Punjab Mental Hospital Lahore 1922-31 - 1922-1931
Year: 1922
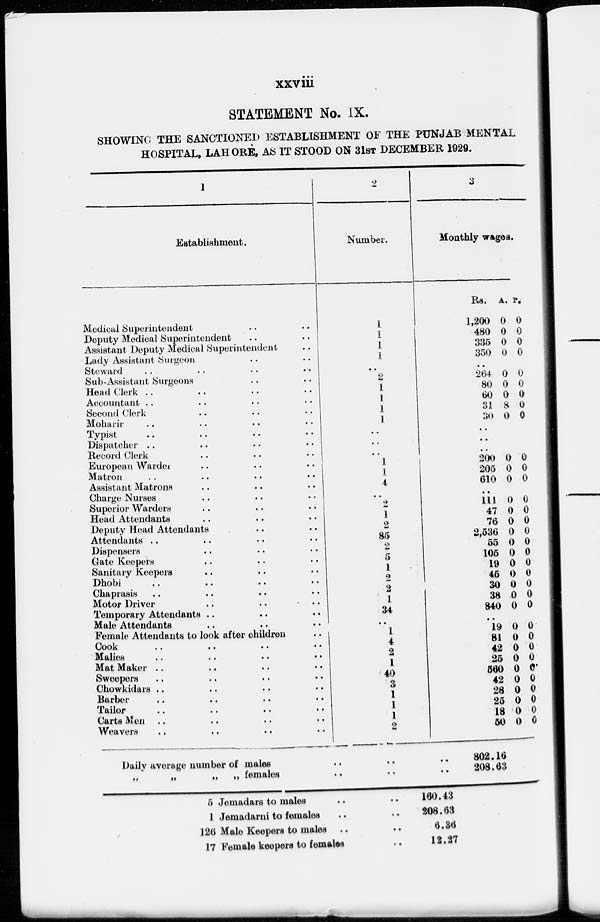
xxviii
STATEMENT No. IX.
SHOWING THE SANCTIONED ESTABLISHMENT OF THE PUNJAB MENTAL
HOSPITAL, LAHORE, AS IT STOOD ON 31ST DECEMBER 1929.
1
Establishment.
Medical Superintendent .. ..
Deputy Medical Superintendent .. ..
Assistant Deputy Medical Superintendent ..
Lady Assistant Surgeon .. ..
Steward .. .. .. ..
Sub-Assistant Surgeons .. ..
Head Clerk .. .. .. ..
Accountant
..
..
..
..
Second Clerk .. .. ..
Moharir .. .. .. ..
Typist .. .. .. ..
Dispatcher .. .. .. ..
Record Clerk .. .. ..
European Warder
..
..
..
Matron .. .. .. ..
Assistant Matrons .. .. ..
Charge Nurses .. .. ..
Superior Warders .. .. ..
Head Attendants .. .. ..
Deputy Head Attendants .. ..
Attendants .. .. .. ..
Dispensers .. .. ..
Gate Keepers .. .. ..
Sanitary Keepers .. .. ..
Dhobi .. .. .. ..
Chaprasis .. .. .. ..
Motor Driver .. .. ..
Temporary Attendants .. .. ..
Male Attendants .. .. ..
Female Attendants to look after children ..
Cook .. .. .. ...
Malies .. .. .. ..
Mat Maker .. .. .. ..
Sweepers .. .. .. .. ..
Chowkidars .. .. .. ..
Barber .. .. .. ..
Tailor .. .. .. ..
Carts Men .. .. .. .. ..
Weavers .. .. .. ..
2
Number.
1
1
1
1
..
2
1
1
1
1
..
..
..
1
1
4
..
2
1
2
85
2
5
1
2
2
1
34
..
1
4
2
1
40
3
1
1
1
2
Daily average number of males .. .. ..
„
„
„
„
females
..
..
..
3
Monthly wages.
Rs.
1,200
480
335
350
A.
0
0
0
0
P.
0
0
0
0
..
264
80
60
31
30
0
0
0
8
0
0
0
0
0
0
..
..
..
200
205
610
0
0
0
0
0
0
..
111
47
76
2,536
55
105
19
45
30
38
840
0
0
0
0
0
0
0
0
0
0
0
0
0
0
0
0
0
0
0
0
0
0
..
19
81
42
25
560
42
28
25
18
50
0
0
0
0
0
0
0
0
0
0
0
0
0
0
0
0
0
0
0
802.16
208.63
5 Jemadars to males .. ..
1 Jemadarni to females .. ..
126 Male Keepers to males .. ..
17 Female keepers to females ..
160.43
208.63
6.36
12.27